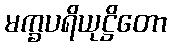
မက္ခပရိယုဋ္ဌိတော